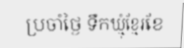
ប្រចាំថ្ងៃ ទឹកឃ្មុំខ្មែរខែ